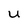
Character: u